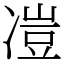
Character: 凒